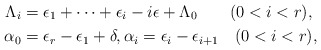
\begin{align*}\Lambda_i&=\epsilon_1+ \cdots+\epsilon_{i}-i\epsilon+\Lambda_0\qquad(0<i<r),\\\alpha_0&=\epsilon_{r}-\epsilon_{1}+\delta,\alpha_i=\epsilon_{i}-\epsilon_{i+1}\quad(0<i<r),\end{align*}